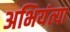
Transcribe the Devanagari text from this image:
अभियंत्या